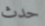
حدث